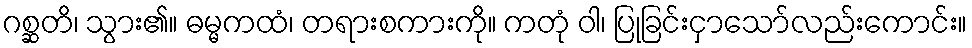
ဂစ္ဆတိ၊ သွား၏။ ဓမ္မကထံ၊ တရားစကားကို။ ကတုံ ဝါ၊ ပြုခြင်းငှာသော်လည်းကောင်း။